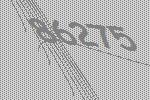
86275